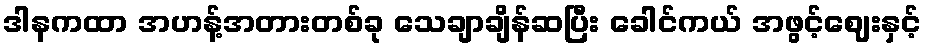
ဒါနကထာ အဟန့်အတားတစ်ခု သေချာချိန်ဆပြီး ခေါင်ကယ် အဖွင့်ဈေးနှင့်